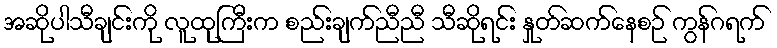
အဆိုပါသီချင်းကို လူထုကြီးက စည်းချက်ညီညီ သီဆိုရင်း နှုတ်ဆက်နေစဉ် ကွန်ဂရက်